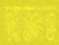
আজ্ঞাত